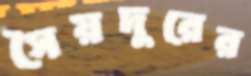
সৈয়দুরের